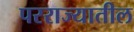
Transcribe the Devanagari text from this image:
परराज्यातील